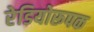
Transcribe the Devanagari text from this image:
रेडियोरूपक